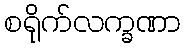
စရိုက်လက္ခဏာ